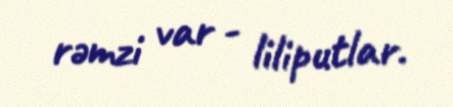
rəmzi var - liliputlar.